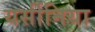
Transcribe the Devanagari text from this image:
यर्सीनिया